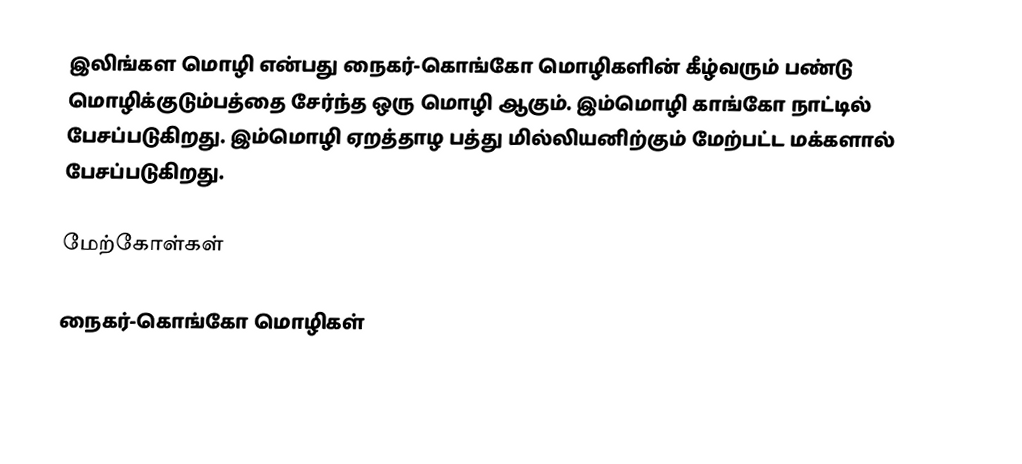
இலிங்கள மொழி என்பது நைகர்-கொங்கோ மொழிகளின் கீழ்வரும் பண்டு மொழிக்குடும்பத்தை சேர்ந்த ஒரு மொழி ஆகும். இம்மொழி காங்கோ நாட்டில் பேசப்படுகிறது. இம்மொழி ஏறத்தாழ பத்து மில்லியனிற்கும் மேற்பட்ட மக்களால் பேசப்படுகிறது.

மேற்கோள்கள்

நைகர்-கொங்கோ மொழிகள்